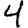
Digit: 4